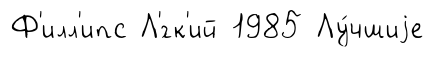
Ф'илл'ипс Л'́гк'ий 1985 Лу́чшиjе